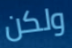
ولكن